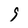
Character: 9